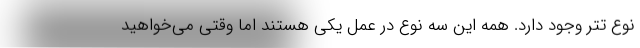
نوع تتر وجود دارد. همه این سه نوع در عمل یکی هستند اما وقتی می‌خواهید